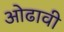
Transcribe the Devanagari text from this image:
ओढावी